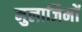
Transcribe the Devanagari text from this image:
मुलाजिमों